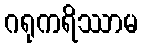
ဂရုကရိဿာမ